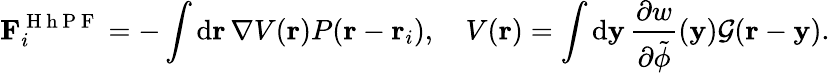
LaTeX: \mathbf{F}_{i}^{\mathrm{~H~h~P~F~}}=-\int\mathrm{d}\mathbf{r}\, \nabla V(\mathbf{r})P(\mathbf{r}-\mathbf{r}_{i}),\quad V(\mathbf{r})=\int\mathrm{d}\mathbf{y}\, \frac{\partial w}{\partial\tilde{\phi}}(\mathbf{y})\mathcal{G}(\mathbf{r}-\mathbf{y}).